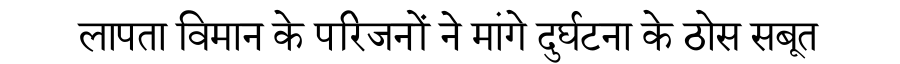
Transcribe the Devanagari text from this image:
लापता विमान के परिजनों ने मांगे दुर्घटना के ठोस सबूत